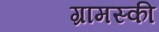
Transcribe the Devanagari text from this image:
ग्रामस्की